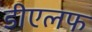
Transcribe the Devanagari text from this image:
डीएलफ